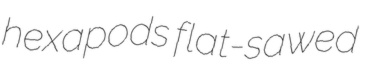
hexapods flat-sawed